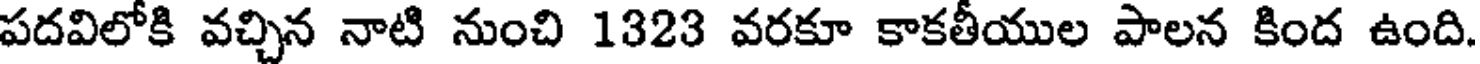
పదవిలోకి వచ్చిన నాటి నుంచి 1323 వరకూ కాకతీయుల పాలన కింద ఉంది